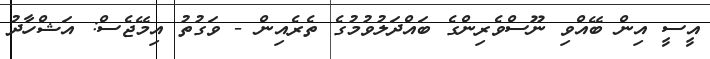
އީސީ އިން ބޭއްވި ނޫސްވެރިންގެ ބައްދަލުވުމުގެ ތެރެއިން - ވަގުތު އިމޭޖެސް: އަޝްހާދު